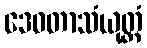
ဒေဝတာသံယုတ္တံ